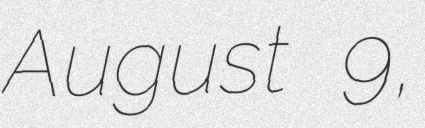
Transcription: August 9,